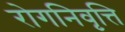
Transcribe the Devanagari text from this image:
रोगनिवृत्ति